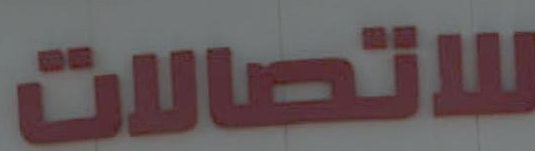
للاتصالات